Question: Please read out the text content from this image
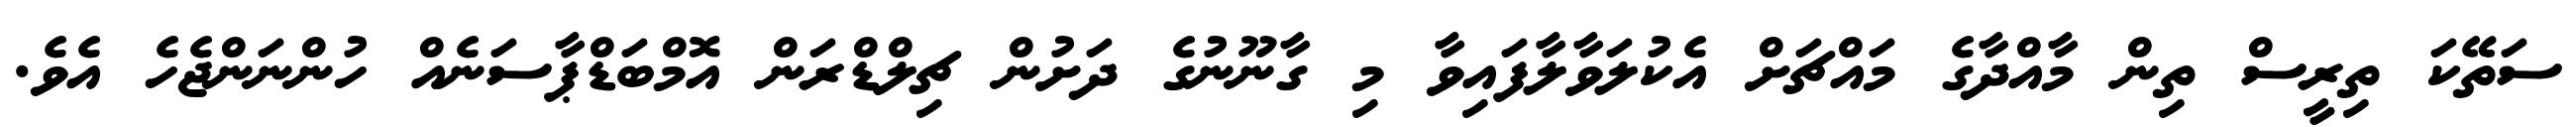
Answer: ސަތޭކަ ތިރީސް ތިން މާއްދާގެ މައްޗަށް އެކުލަވާލާފައިވާ މި ގާނޫނުގެ ދަށުން ޗިލްޑްރަން އޮމްބަޑްޕާސަނެއް ހުންނަންޖެހެ އެވެ.